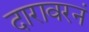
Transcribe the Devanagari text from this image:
दारावरनं